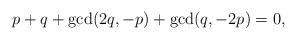
LaTeX: \begin{align*}p+q+\gcd(2q,-p)+\gcd(q,-2p)=0,\end{align*}